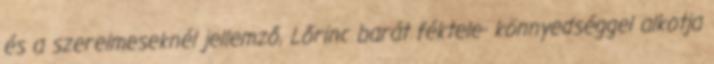
és a szerelmeseknél jellemző, Lőrinc barát féktele- könnyedséggel alkotja